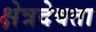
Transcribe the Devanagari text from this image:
क्षेत्रदेवता